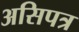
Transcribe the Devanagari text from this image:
असिपत्र